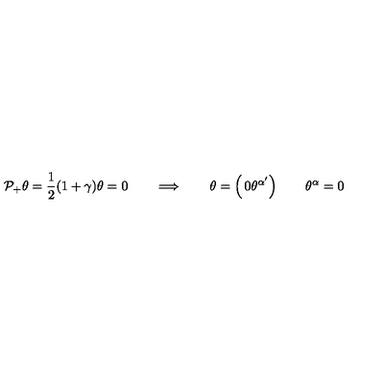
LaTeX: { \cal P _ { + } } \theta = { \frac { 1 } { 2 } } ( 1 + \gamma ) \theta = 0 \qquad \Longrightarrow \qquad \theta = \left( \begin{matrix} { 0 } \\ { \theta ^ { \alpha ^ { \prime } } } \\ \end{matrix} \right) \qquad \theta ^ { \alpha } = 0